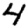
Digit: 4